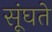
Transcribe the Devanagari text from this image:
सूंघते